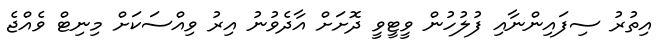
އިތުރު ސިފައިންނާއި ފުލުހުން ވީޓީވީ ދޮށަށް އާދެވުނު އިރު ވިއްސަކަށް މިނިޓް ވެއްޖެ